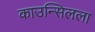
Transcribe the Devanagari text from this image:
काउन्सिलला